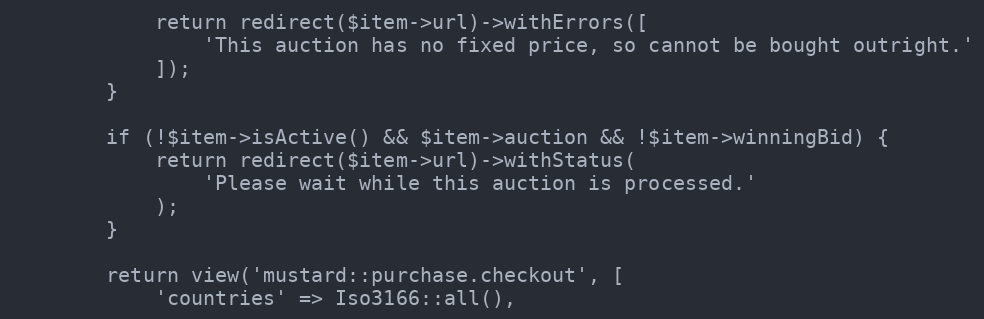
Language: PHP
            return redirect($item->url)->withErrors([
                'This auction has no fixed price, so cannot be bought outright.'
            ]);
        }

        if (!$item->isActive() && $item->auction && !$item->winningBid) {
            return redirect($item->url)->withStatus(
                'Please wait while this auction is processed.'
            );
        }

        return view('mustard::purchase.checkout', [
            'countries' => Iso3166::all(),